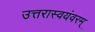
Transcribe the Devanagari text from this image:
उत्तरास्वयंवरम्